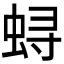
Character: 𫊻